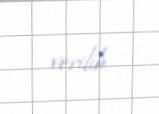
verilib.